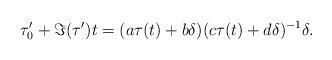
LaTeX: \begin{align*}\tau_0'+\Im(\tau')t=(a\tau(t)+b\delta)(c\tau(t)+d\delta)^{-1}\delta.\end{align*}